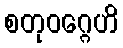
စတုဝဂ္ဂေဟိ